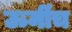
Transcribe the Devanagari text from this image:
ऊर्मीच